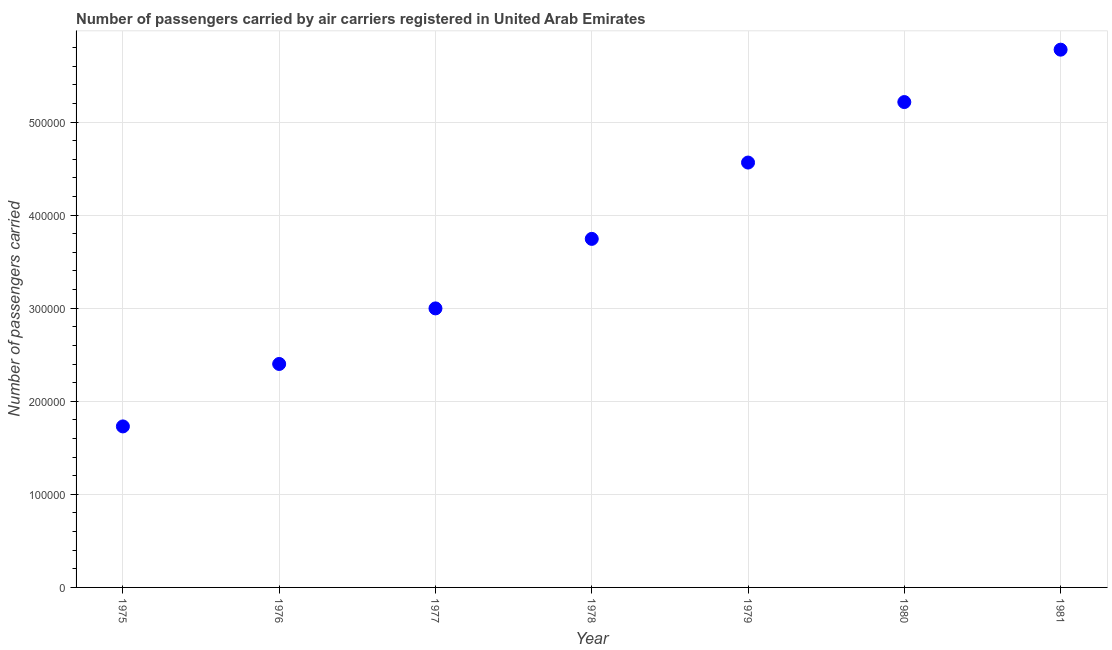
| Year | Air transport |
 | --- | --- |
 | 1975 | 1.73e+05 |
 | 1976 | 2.4e+05 |
 | 1977 | 3e+05 |
 | 1978 | 3.74e+05 |
 | 1979 | 4.56e+05 |
 | 1980 | 5.22e+05 |
 | 1981 | 5.78e+05 |